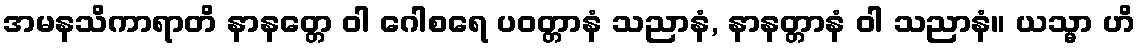
အမနသိကာရာတိ နာနတ္တေ ဝါ ဂေါစရေ ပဝတ္တာနံ သညာနံ, နာနတ္တာနံ ဝါ သညာနံ။ ယသ္မာ ဟိ